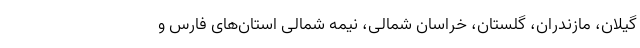
گیلان، مازندران، گلستان، خراسان شمالی، نیمه شمالی استان‌های فارس و